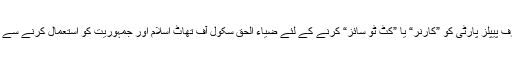
منافقت اور سیاسی غلاظت کی انتہا ملاحظہ ہو کہ صرف پیپلز پارٹی کو ”کارنر“ یا ”کٹ ٹو سائز“ کرنے کے لئے ضیاء الحق سکول آف تھاٹ اسلام اور جمہوریت کو استعمال کرنے سے باز نہیں آیا … کہاں ہے آج وہ اسلامی جمہوری اتحاد؟